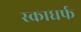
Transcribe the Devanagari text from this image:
स्काधर्फ